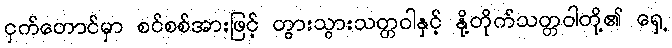
ငှက်တောင်မှာ စင်စစ်အားဖြင့် တွားသွားသတ္တဝါနှင့် နို့တိုက်သတ္တဝါတို့၏ ရှေ့